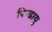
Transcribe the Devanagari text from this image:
पिण्डायु